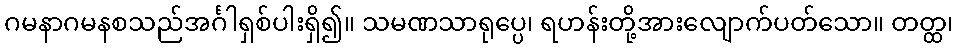
ဂမနာဂမနစသည်အင်္ဂါရှစ်ပါးရှိ၍။ သမဏသာရုပ္ပေ၊ ရဟန်းတို့အားလျောက်ပတ်သော။ တတ္ထ၊